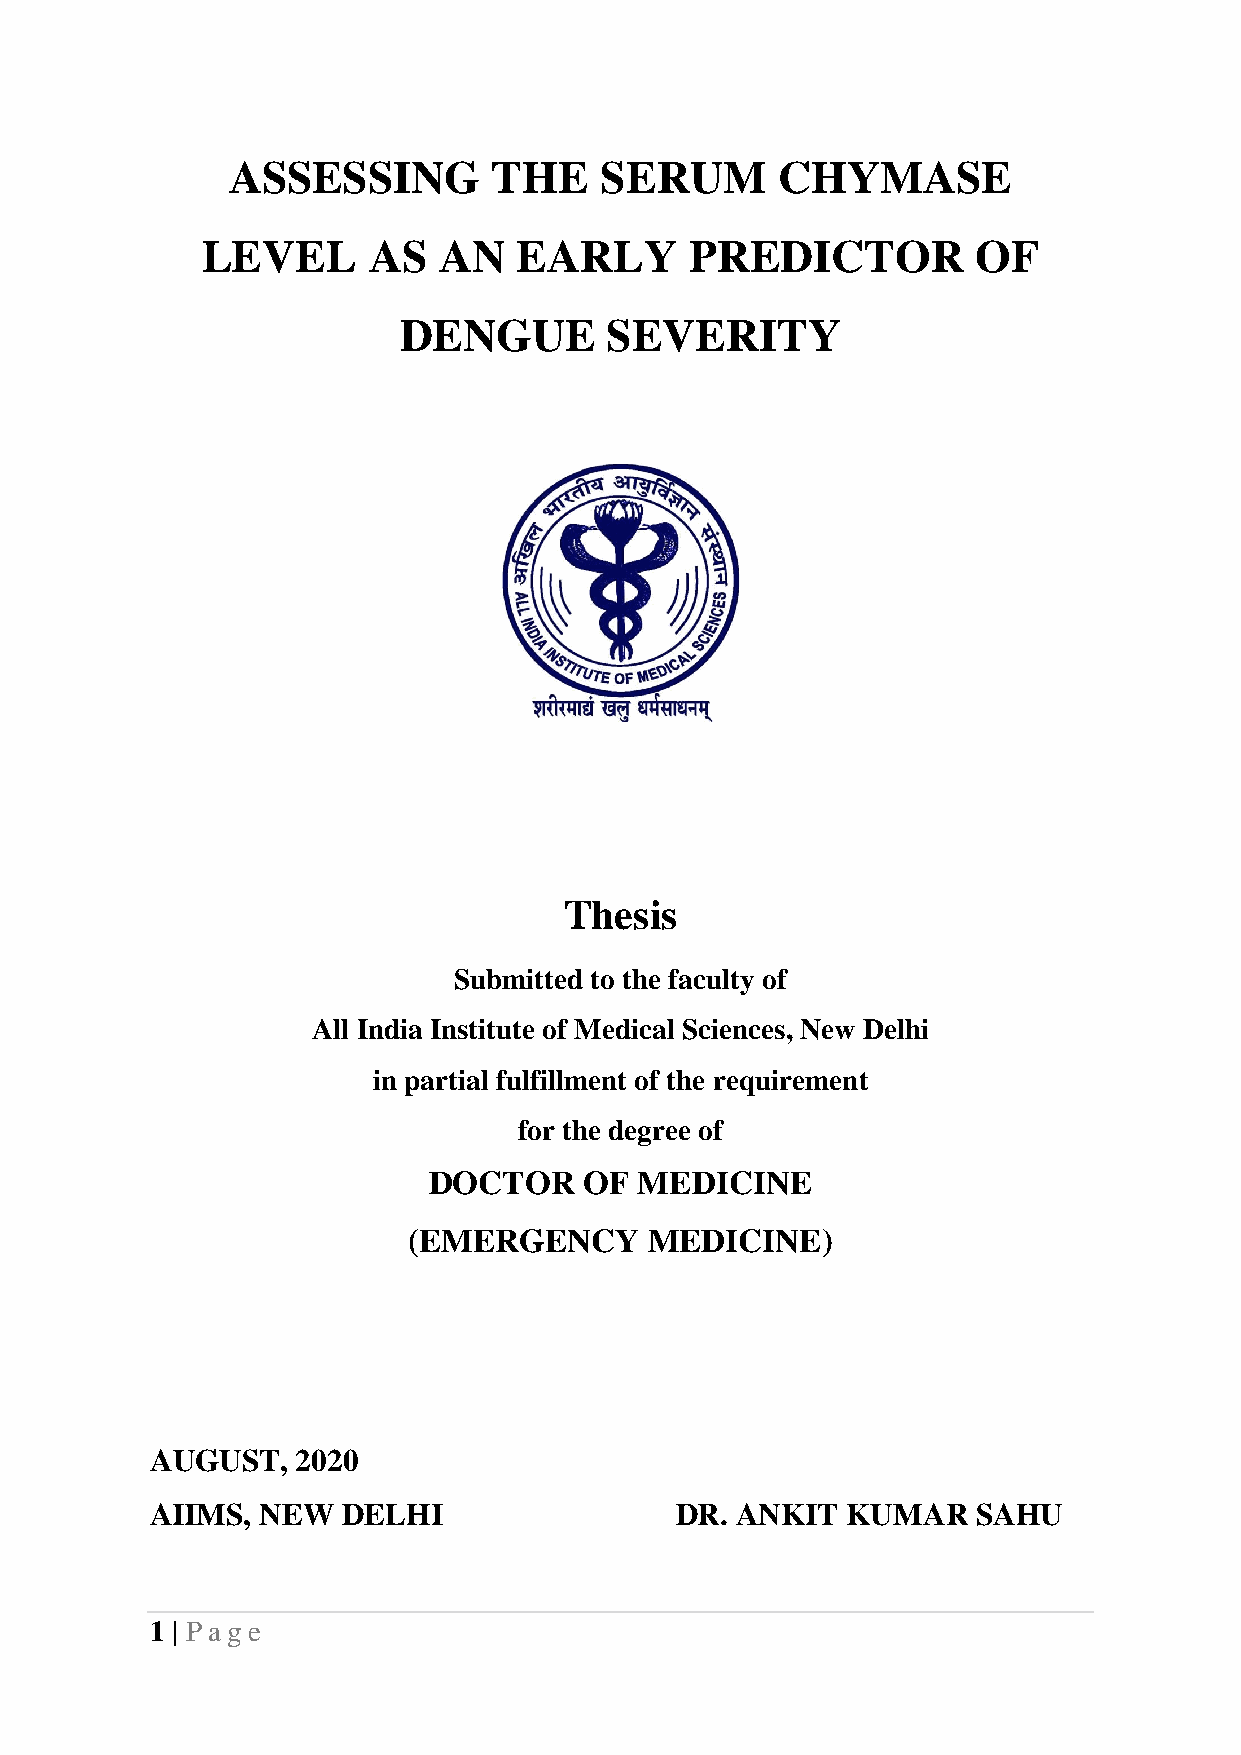
ASSESSING         THE    SERUM      CHYMASE
 LEVEL      AS   AN   EARLY       PREDICTOR          OF
 DENGUE        SEVERITY
 Thesis
 Submitted to the faculty of
 All India Institute of Medical Sciences, New Delhi
 in partial fulfillment of the requirement
 for the degree of
 DOCTOR     OF MEDICINE
 (EMERGENCY      MEDICINE)
 AUGUST,   2020
 AIIMS, NEW   DELHI                 DR. ANKIT  KUMAR    SAHU
 1 | Pag e